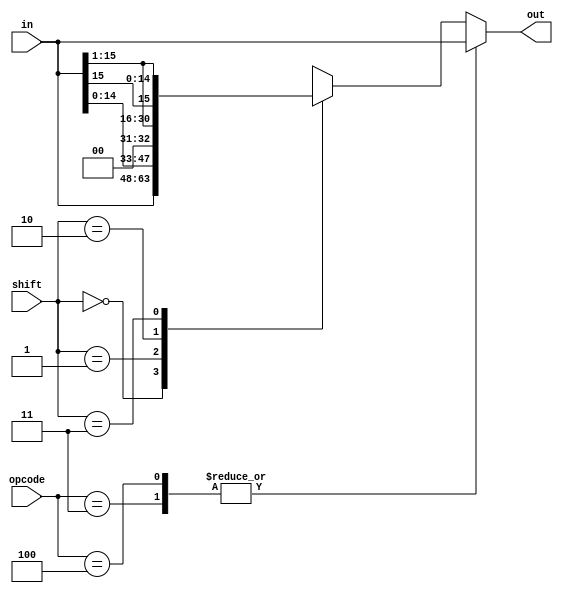
module shifter(in, opcode, shift, out);
    input [15:0] in;
    input [2:0] opcode;
    input [1:0] shift;
    output reg [15:0] out;
    // Perform 1 bit left shift, right shift,
    // right shift and sign bit copied to vacated bit,
    // or no shift depending on opcode and shift
    always @(*)
    begin
        casex({opcode, shift})
            5'b011xx:
                out = in;
            5'b100xx:
                out = in;
            5'bxxx00:
                out = in;
            5'bxxx01:
                out = in << 1;
            5'bxxx10:
                out = in >> 1;
            5'bxxx11:
                out = { in[15], in[15:1] };
            default:
                out = 16'bx;
        endcase
    end
endmodule